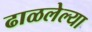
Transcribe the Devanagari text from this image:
ढाळलेल्या